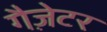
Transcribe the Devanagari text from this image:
गैज़ेटर